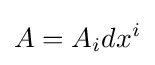
A=A_{i}dx^{i}